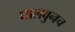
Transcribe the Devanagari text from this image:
घालवुनच